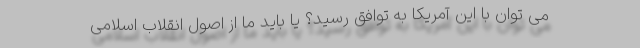
می توان با این آمریکا به توافق رسید؟ یا باید ما از اصول انقلاب اسلامی